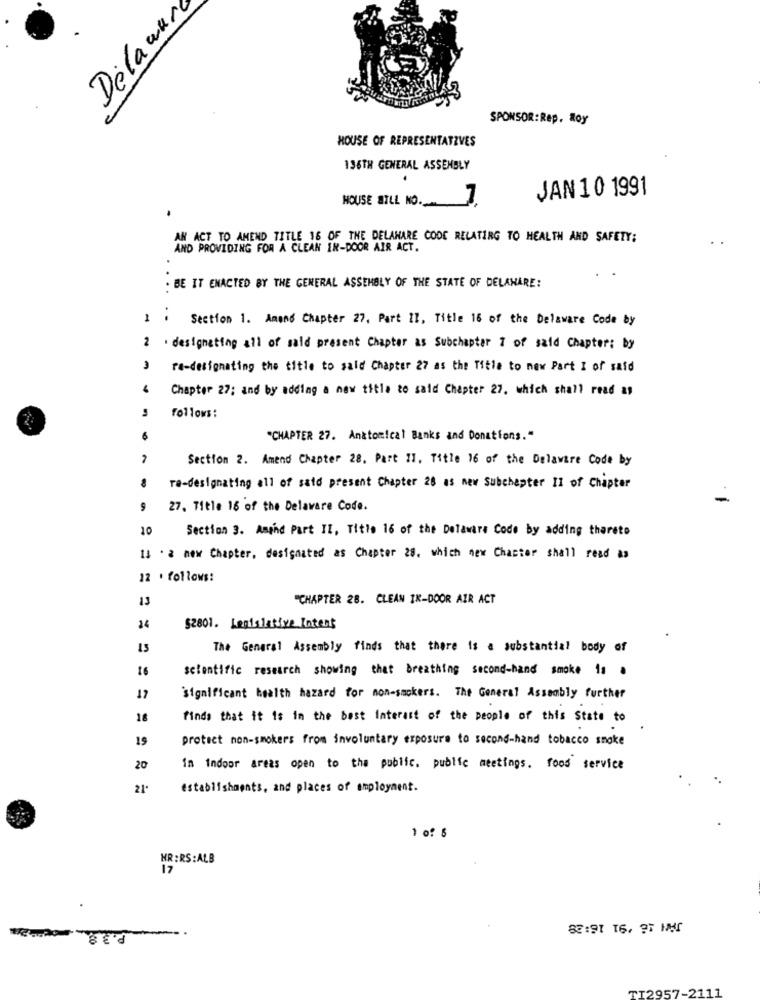
Delawu
SPONSOR: Rep. Roy
HOUSE OF REPRESENTATIVES
136TH GENERAL ASSEMBLY
JAN 10 1991
HOUSE BILL NO.
AN ACT TO AMEND TITLE 16 OF THE DELAHARE CODE RELATING TO HEALTH AND SAFETY:
AND PROVIDING FOR A CLEAN IN-DOOR AIR ACT.
. BE IT ENACTED BY THE GENERAL ASSEMBLY OF THE STATE OF DELAWARE:
1 . Section 1. Amand Chapter 27. Part II, Title 16 of the Delaware Code by
2 . designeting all of said present Chapter as Subchapter 1 of said Chapter: by
re-designating the title to said Chapter 27 as the Title to new Part I of said
Chapter 27; and by adding a new title to said Chapter 27. which shall read as
follows:
"CHAPTER 27. Anatomical Banks and Donations."
Section 2. Amend Chapter 28. Part 11. Title 16 of the Delaware Code by
re-designating all of said present Chapter 28 as new Subchapter II of Chapter
9
27. Title 16 of the Delaware Code.
10
Section 3. Amond Part II, Title 16 of the Delaware Code by adding therets
I] ' a new Chapter, designated as Chapter 28. which new Chactor shall read as
12 . follows:
"CHAPTER 28. CLEAN IK-DOOR AIR ACT
24
$2801. Legislative Intent
13
The General Assembly finds that there is a substantial body of
16
scientific research showing that breathing second-hand smoke 1s .
17
significant health hazard for non-smokers. The General Assembly further
18
finds that it is in the best Interest of the people of this State to
19
protect non-smokers from involuntary exposure to second-hand tobacco smoke
20
in indoor areas open to the public. public meetings. food service
21.
establishments, and places of employment.
1 of 5
HR :RS:ALB
17
82 :91 16, 31
TI2957-2111